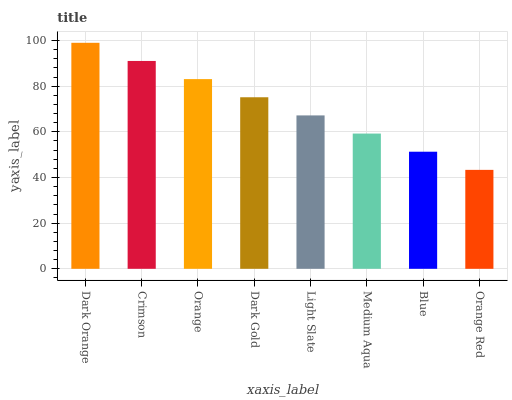
| xaxis_label | bars |
 | --- | --- |
 | Dark Orange | 99 |
 | Crimson | 91 |
 | Orange | 83.1 |
 | Dark Gold | 75.1 |
 | Light Slate | 67.2 |
 | Medium Aqua | 59.2 |
 | Blue | 51.3 |
 | Orange Red | 43.3 |